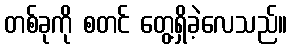
တစ်ခုကို စတင် တွေ့ရှိခဲ့လေသည်။